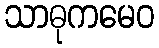
သာဓုကမေဝ